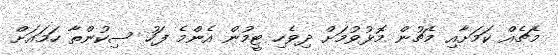
މެޗެއް ކަމަށާއި މެޗުން މޮޅުވުމަށް ދިވެހި ޓީމުން އެންމެ ފަހު ސިކުންތާ ހަމައަށް